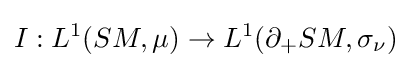
I:L^{1}(SM,\mu )\rightarrow L^{1}(\partial _{+}SM,\sigma _{\nu })